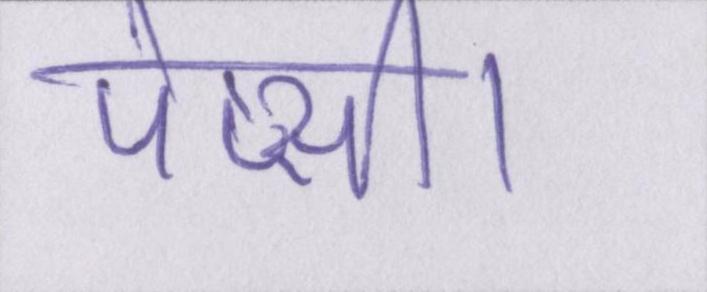
पेप्सी।